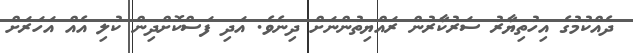
ދެއްކުމުގެ އިހުތިޔާރު ސަރުކާރުން ރައްޔިތުންނަށް ދިނެވެ. އަދި ފަސްކޮށްދިން ކުލި އެއް އަހަރަށް